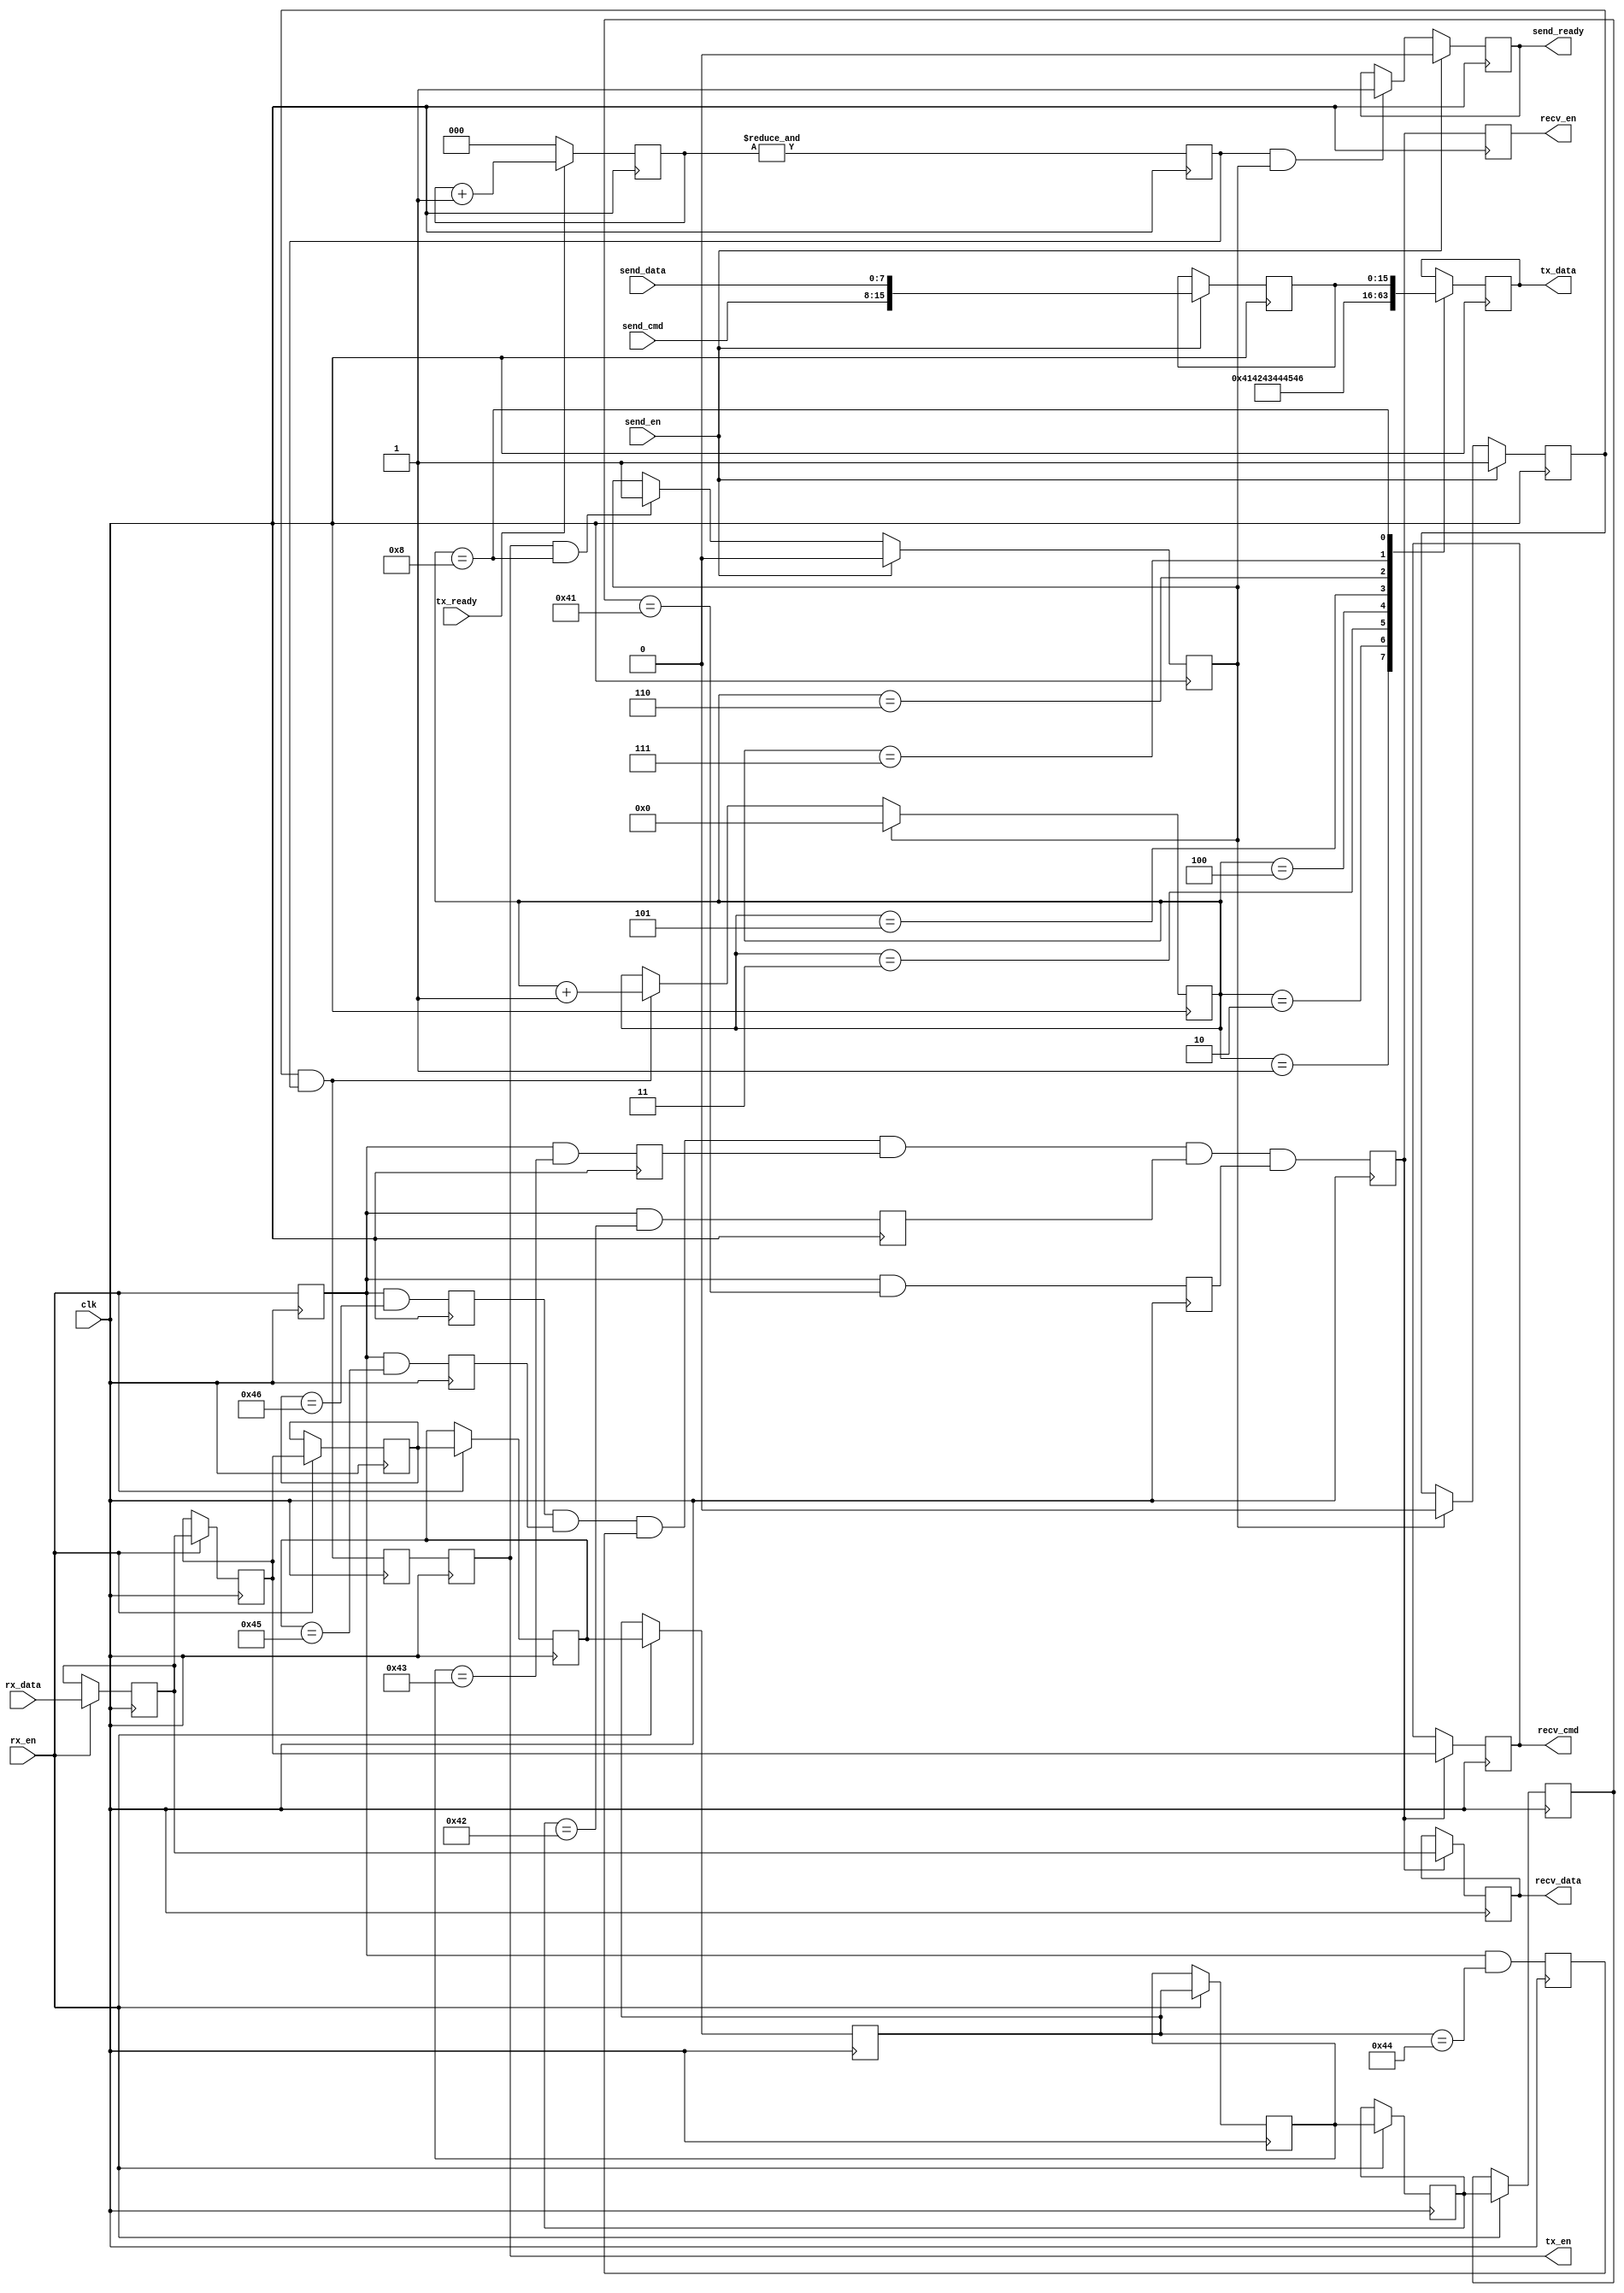
`timescale 1ns / 1ps
//////////////////////////////////////////////////////////////////////////////////
// Company: 
// Engineer: 
// 
// Create Date:
// Design Name: 
// Module Name: ubus
// Project Name: 
// Target Devices: 
// Tool Versions: 
// Description: 
// 
// Dependencies: 
// 
// Revision:
// Revision 0.01 - File Created
// Additional Comments:
// 
//////////////////////////////////////////////////////////////////////////////////

module ubus
(
    input   wire		clk,
    
    // uart-rx
    input   wire		rx_en,
    input   wire [7:0]	rx_data,
    
    // uart-tx
    output  reg			tx_en,
    output  reg [7:0]	tx_data,
    input   wire		tx_ready,
    
	// uart recv
	output	reg			recv_en,
	output	reg [7:0]	recv_cmd,
	output	reg [7:0]	recv_data,
	
    // uart send
    input   wire		send_en,
    input   wire [7:0]	send_cmd,
    input   wire [7:0]	send_data,
    output  reg			send_ready
);

// 
localparam HEAD_0 = "A";
localparam HEAD_1 = "B";
localparam HEAD_2 = "C";
localparam HEAD_3 = "D";
localparam HEAD_4 = "E";
localparam HEAD_5 = "F";

// 
reg rx_en_d;
reg [7:0] shift_reg0;
reg [7:0] shift_reg1;
reg [7:0] shift_reg2;
reg [7:0] shift_reg3;
reg [7:0] shift_reg4;
reg [7:0] shift_reg5;
reg [7:0] shift_reg6;
reg [7:0] shift_reg7;
reg frame_head_flag0;
reg frame_head_flag1;
reg frame_head_flag2;
reg frame_head_flag3;
reg frame_head_flag4;
reg frame_head_flag5;
reg frame_head_flag;
reg send_start;
reg send_finish;
reg [3:0] send_cnt;
reg send_flag;
reg [15:0] tx_buffer;
reg [2:0] tx_ready_cnt;
reg tx_ready_flag;

initial
begin
	send_start = 0;
	send_finish = 1;
end

////////////////////////////////////////  ///////////////////////////////////////////
// 
always@(posedge clk)
begin
    if(rx_en)
    begin
        shift_reg0 <= rx_data;
        shift_reg1 <= shift_reg0;
        shift_reg2 <= shift_reg1;
        shift_reg3 <= shift_reg2;
        shift_reg4 <= shift_reg3;
        shift_reg5 <= shift_reg4;
        shift_reg6 <= shift_reg5;
        shift_reg7 <= shift_reg6;
    end
end

// 
always@(posedge clk)
begin
    rx_en_d <= rx_en;
end

// 
always@(posedge clk)
begin
    frame_head_flag0 <= rx_en_d && (shift_reg2 == HEAD_5);
    frame_head_flag1 <= rx_en_d && (shift_reg3 == HEAD_4);
    frame_head_flag2 <= rx_en_d && (shift_reg4 == HEAD_3);
    frame_head_flag3 <= rx_en_d && (shift_reg5 == HEAD_2);
    frame_head_flag4 <= rx_en_d && (shift_reg6 == HEAD_1);
    frame_head_flag5 <= rx_en_d && (shift_reg7 == HEAD_0);
end

// 
always@(posedge clk)
begin
    frame_head_flag <= frame_head_flag0 & frame_head_flag1 & frame_head_flag2 & frame_head_flag3 & frame_head_flag4 & frame_head_flag5;
end

// 
always@(posedge clk)
begin
    recv_en <= frame_head_flag;
    if(frame_head_flag)
    begin
		recv_cmd <= shift_reg1;
		recv_data <= shift_reg0;
    end
end

////////////////////////////////////////  ///////////////////////////////////////////
// /
always@(posedge clk)
begin
    if(send_en)
        tx_buffer <= {send_cmd,send_data};
end

// 
always@(posedge clk)
begin
	if(send_en)
        send_start <= 1;
    else if(send_finish)
        send_start <= 0;
end

// 
always@(posedge clk)
begin
	if(send_en)
        send_finish <= 0;
    else if(tx_en && send_cnt == 8)
        send_finish <= 1;
end

// 
always@(posedge clk)
begin
	if(tx_ready)
		tx_ready_cnt <= tx_ready_cnt + 1;
	else
		tx_ready_cnt <= 0;
end

// 
always@(posedge clk)
begin
	tx_ready_flag <= &tx_ready_cnt;
end

// 
always@(posedge clk)
begin
    send_flag <= (send_start && tx_ready_flag);
    tx_en <= send_flag;
end

// 
always@(posedge clk)
begin
	if(send_finish)
        send_cnt <= 0;
    else if(send_start && tx_ready_flag)
        send_cnt <= send_cnt + 1;
end

// 
always@(posedge clk)
begin
    case(send_cnt)
     1:  tx_data <= HEAD_0;
     2:  tx_data <= HEAD_1;
     3:  tx_data <= HEAD_2;
     4:  tx_data <= HEAD_3;
     5:  tx_data <= HEAD_4;
     6:  tx_data <= HEAD_5;
     7:  tx_data <= tx_buffer[15:8];
     8:  tx_data <= tx_buffer[7:0];
    endcase
end

// 
always@(posedge clk)
begin
	if(send_en)
        send_ready <= 0;
    else if(tx_ready_flag && send_finish)
        send_ready <= 1;
end

endmodule